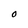
Character: O